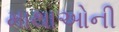
માથાઓની